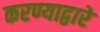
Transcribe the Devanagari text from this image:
करण्याद्वारे